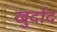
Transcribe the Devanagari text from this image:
खुर्दाद